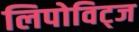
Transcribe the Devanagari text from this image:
लिपोविट्ज